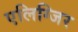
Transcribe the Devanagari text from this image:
एलिग्जिर